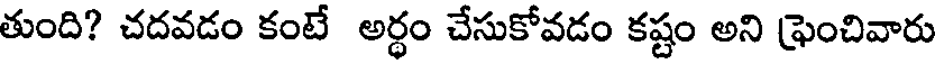
తుంది? చదవడం కంటే అర్ధం చేసుకోవడం కష్టం అని ఫ్రెంచివారు